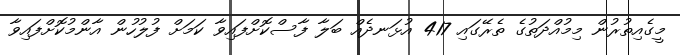
މީގެއިތުރުން މިމުއްދަތުގެ ތެރޭގައި 417 އުޅަނދެއް ބަލާ ފާސްކޮށްފައިވާ ކަމަށް ފުލުހުން އާންމުކޮށްފައިވާ